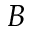
B